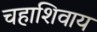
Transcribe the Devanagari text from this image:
चहाशिवाय